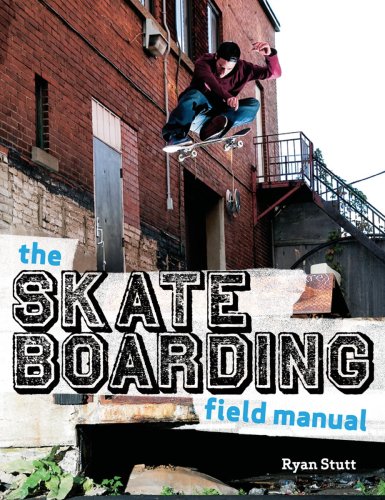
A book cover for The Skateboarding Field Manual; Ryan Stutt; Sports & Outdoors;